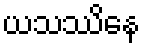
ယသဿိနေ